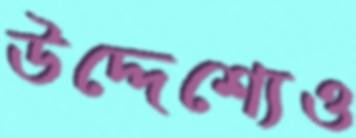
উদ্দেশ্যেও